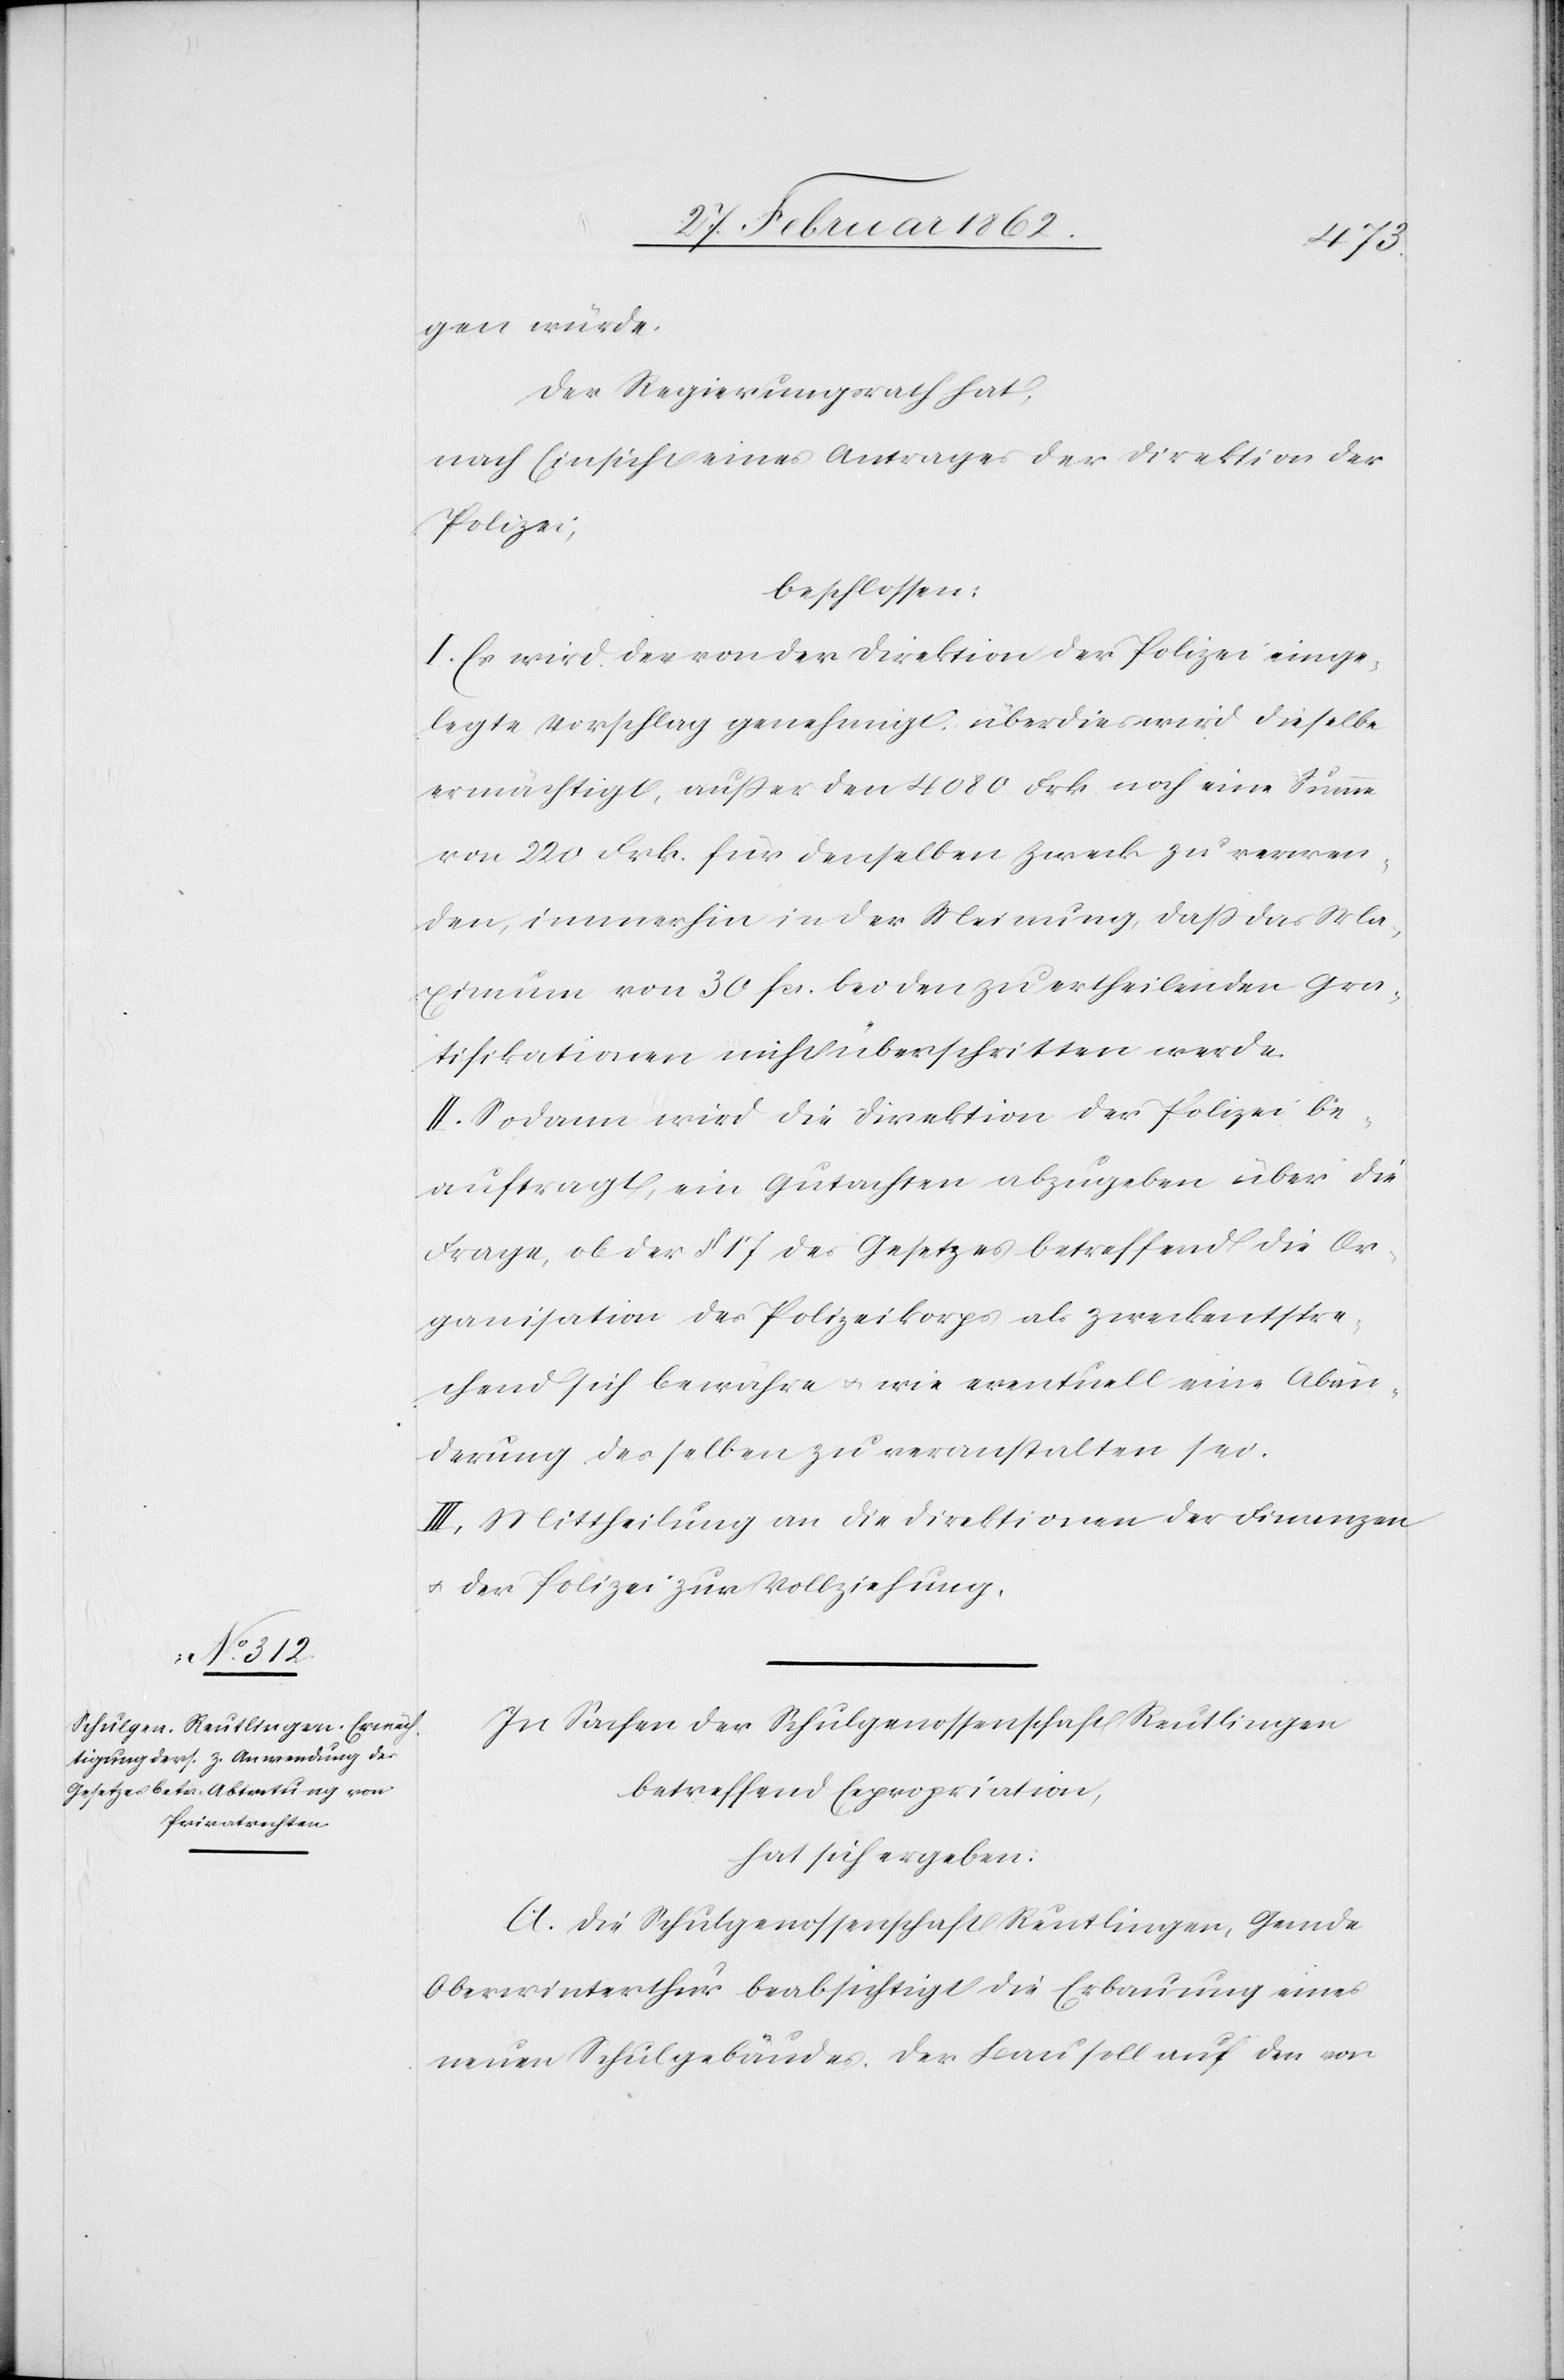
gen würde.
Der Regierungsrath hat,
nach Einsicht eines Antrages der Direktion der
Polizei,
beschlossen:
I. Es wird der von der Direktion der Polizei einge¬
legte Vorschlag genehmigt, überdies wird dieselbe
ermächtigt, außer den 4080 Frk. noch eine Summe
von 220 Frk. für denselben Zweck zu verwen¬
den, immerhin in der Meinung, daß das Ma¬
ximum von 30 fcs. bei den zu ertheilenden Gra¬
tifikationen nicht überschritten werde.
II. Sodann wird die Direktion der Polizei be¬
auftragt, ein Gutachten abzugeben über die
Frage, ob der § 17 des Gesetzes betreffend die Or¬
ganisation des Polizeikorps als zweckentspre¬
chend sich bewähre u. wie eventuell eine Abän¬
derung desselben zu veranstalten sei.
III. Mittheilung an die Direktionen der Finanzen
u. der Polizei zur Vollziehung.
In Sachen der Schulgenossenschaft Reutlingen
betreffend Expropriation,
hat sich ergeben:
A. Die Schulgenossenschaft Reutlingen, Gemde
Oberwinterthur beabsichtigt die Erbauung eines
neuen Schulgebäudes. Der Bau soll auf den von